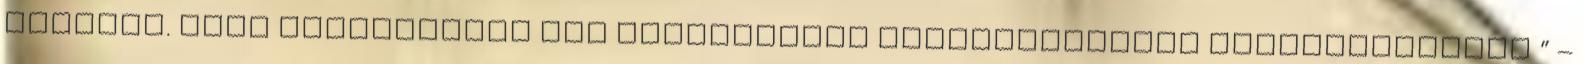
kezdtek. „Auf Wiedersehen Auf Wiedersehen Viszontlátásra Viszontlátásra ” –